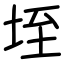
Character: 垤